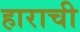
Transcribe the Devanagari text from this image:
हाराची